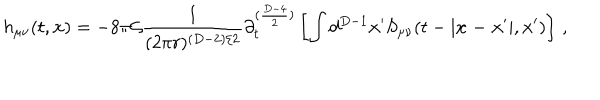
LaTeX: h _ { \mu \nu } ( t , { \bf x } ) = - 8 \pi { \cal G } \frac { 1 } { ( 2 \pi r ) ^ { ( D - 2 ) / 2 } } \partial _ { t } ^ { ( \frac { D - 4 } { 2 } ) } \left[ \int d ^ { D - 1 } { \bf x ^ { \prime } } S _ { \mu \nu } ( t - | { \bf x - x ^ { \prime } } | , { \bf x ^ { \prime } } ) \right] \, ,